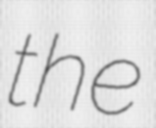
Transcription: the